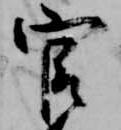
官